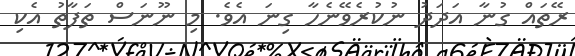
ރޭތައް ގުނާ އަދަދު ނުކުރެވޭނެހާ ގިނަ އެވެ. މި ނޫނަސް ތަފާތު އެކި